Vaccination North-Western Provinces and Oudh 1896-1901 - 1896-1901
Year: 1896
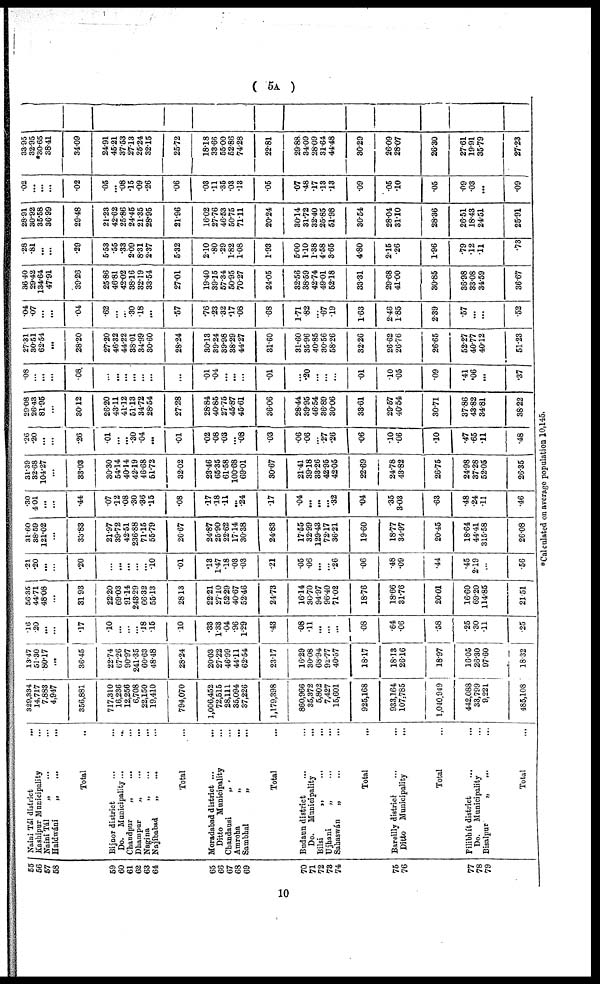
( 5A )
55
56
57
58
59
60
61
62
63
64
65
66
67
68
69
70
71
72
73
74
75
76
77
78
79
Naini Tál district
...
Kashipur Municipality ...
Naini Tál
„ ... ...
Haldwáni
„
...
...
Total ...
Bijnor district
...
...
Do. Municipality
...
...
Chandpur
„
... ...
Dhampur
„
...
...
Nagína
„ ... ...
Najíbabad
„
...
...
Total ...
Moradabad district
...
Ditto Municipality ...
Chandausi „ ... ...
Amroha
„
... ...
Sambhal
„
... ...
Total ...
Budaun district ... ...
Do. Municipality
...
Bilsi
„
...
...
Ujhani
„ ... ...
Sahaswán
„ ... ...
Total ...
Bareilly district
...
...
Ditto Municipality
...
Total ...
Pilibhít district ... ...
Do. Municipality ... ...
Bisalpur
„
... ...
Total ...
329,334
14,717
7,883
4,947
356,881
717,310
16,236
12,256
6,708
22,150
19,410
794,070
1,006,452
72,515
28,111
35,094
37,226
1,179,398
860,966
35,372
5,802
7,427
15,601
925,168
933,164
107,785
1,040,949
442,088
33,799
9,221
485,108
13.47
51.30
80.17
...
36.45
22.74
67.26
90.97
241.35
60.63
48.48
28.24
20.03
27.22
46.99
44.11
62.54
23.17
16.29
30.08
68.94
92.77
40.57
18.17
18.13
26.16
18.97
16.05
26.30
97.60
18.32
.16
.20
...
...
.17
.10
...
...
...
.18
.15
.10
.33
1.33
.04
.96
1.29
.43
.08
.11
...
...
...
.08
.64
.06
.58
.25
.30
.11
.25
56.35
44.71
48.08
...
31.93
22.20
69.03
91.14
243.29
66.32
55.13
28.13
22.21
27.10
52.29
40.67
52.46
24.73
16.14
30.70
94.97
96.40
71.02
18.76
18.66
31.76
20.01
16.60
69.20
114.85
21.51
.21
.20
...
...
.20
...
...
...
...
...
.10
.01
.13
1.47
.18
.03
.03
.21
.05
.06
...
...
.26
.06
.48
.09
.44
.45
2.19
...
.56
31.60
88.59
121.02
...
33.83
21.97
39.72
42.51
236.88
71.15
55.79
26.67
24.87
25.90
22.62
17.14
30.38
24.83
17.55
32.99
129.43
72.17
36.21
19.60
18.77
34.97
20.45
18.64
44.41
315.58
26.08
.30
4.01
...
...
.44
.07
.12
.08
.30
.36
.15
.08
.17
.18
.11
...
.24
.17
.04
...
...
...
.32
.04
.35
3.03
.63
.48
.24
.11
.46
31.39
32.68
104.27
...
33.03
30.30
54.14
40.14
42.19
46.68
51.72
32.02
23.46
65.35
61.58
100.68
69.01
30.67
21.41
39.18
33.26
42.95
42.05
22.69
24.78
43.82
26.75
24.98
37.28
52.05
26.35
.26
.20
...
...
.26
.01
...
...
.30
.04
...
.01
.02
.08
.03
...
.08
.03
.06
.06
...
.27
.26
.06
.10
.06
.10
.47
.65
.11
.48
29.08
26.43
81.95
...
30.12
26.20
43.11
41.12
51.13
34.72
28.54
27.28
28.84
40.85
27.75
45.87
45.61
36.06
28.44
39.95
46.54
36.89
30.06
33.61
29.57
40.54
30.71
37.86
43.82
34.81
38.22
.08
...
...
...
.08
...
...
...
...
...
...
...
.01
.04
...
...
...
.01
...
.20
...
...
...
.01
.10
.05
.09
.41
.06
...
.37
27.31
30.51
62.54
...
28.20
27.20
46.32
44.22
38.01
34.99
30.60
28.24
30.13
39.24
39.98
38.29
44.27
31.60
31.60
35.96
40.85
30.56
58.26
32.26
26.62
26.76
26.65
52.27
40.77
40.12
51.23
.04
.07
...
...
.04
.62
...
...
.30
.18
...
.57
.76
.23
.32
.17
.08
.68
1.71
.82
...
.67
.19
1.63
2.46
1.85
2.39
.57
...
...
.52
36.40
29.42
134.64
47.91
39.26
25.86
46.81
42.02
38.16
32.19
33.54
27.01
19.40
39.15
57.34
50.95
70.27
24.05
32.56
38.59
42.74
49.01
52.18
33.31
29.68
41.00
30.85
36.98
33.08
34.59
36.67
.28
.81
...
...
.29
5.53
.55
.33
2.09
8.31
2.37
5.32
2.10
.80
.29
1.82
1.08
1.93
5.00
1.10
1.38
4.58
3.65
4.80
2.15
.26
1.96
.79
.12
.11
.73
28.91
30.92
35.58
36.99
29.48
21.23
42.62
25.86
24.45
21.35
28.95
21.96
16.02
27.76
46.53
50.75
71.11
20.24
30.14
31.72
32.40
25.85
51.98
30.54
28.04
31.10
28.36
26.51
18.43
24.51
25.91
.02
...
...
...
.02
.05
...
.08
.15
.09
.26
.06
.03
.11
.35
.03
.13
.05
.07
.48
.17
.13
.13
.09
.05
.10
.05
.09
.03
...
.09
33.95
32.95
*30.65
38.41
34.09
24.91
45.21
37.53
27.13
25.24
32.15
25.72
18.18
33.66
55.00
52.86
74.28
22.81
29.88.
34.09
28.09
31.64
44.48
30.29
26.09
28.07
26.30
27.61
19.91
35.79
27.23
*Calculated on average population 10,145.
10